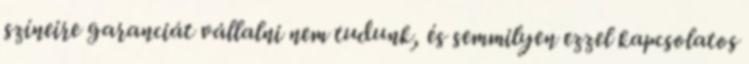
színeire garanciát vállalni nem tudunk, és semmilyen ezzel kapcsolatos